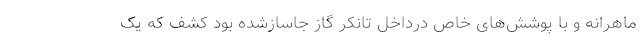
ماهرانه و با پوشش‌های خاص درداخل تانکر گاز جاسازشده بود کشف که یک